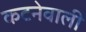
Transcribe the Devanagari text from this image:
कटनेवाली